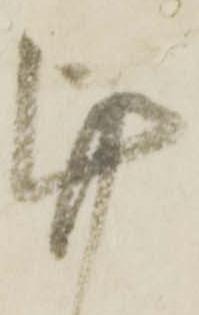
謹